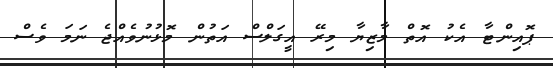
ޕޮއިންޓާ އެކު އޮތް މާޒިޔާ މިރޭ އީގަލްސް އަތުން މޮޅުނުވެއްޖެ ނަމަ ވެސް